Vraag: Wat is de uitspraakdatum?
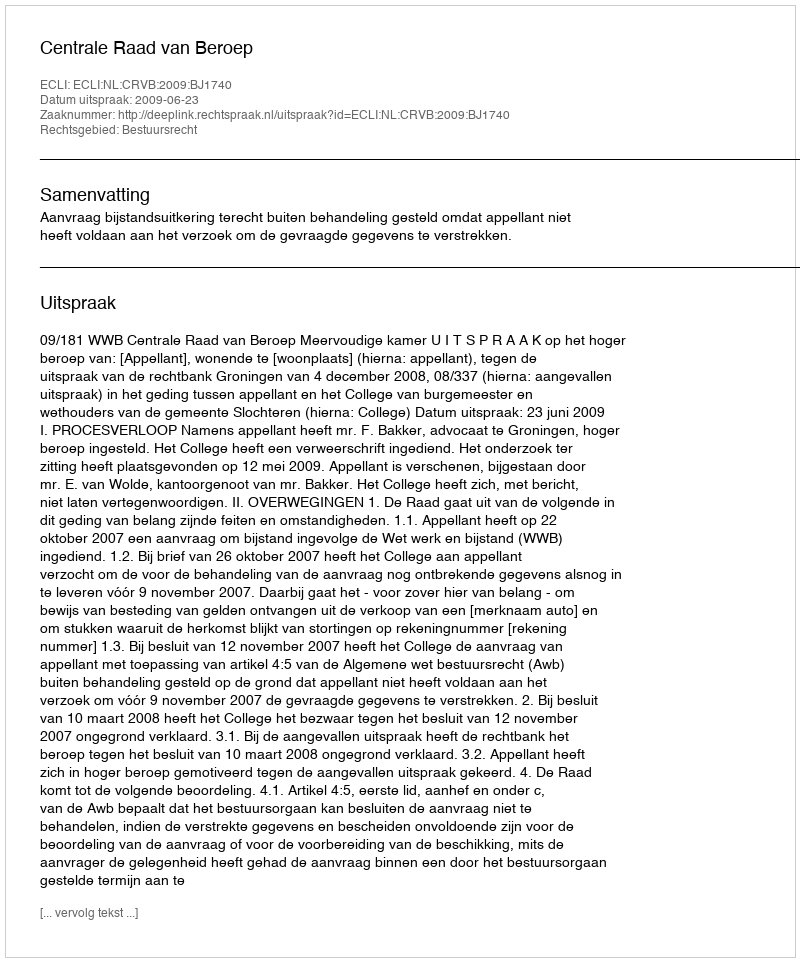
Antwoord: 2009-06-23